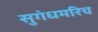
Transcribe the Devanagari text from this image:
सुगंधमरिच